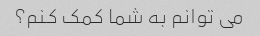
می توانم به شما کمک کنم؟